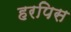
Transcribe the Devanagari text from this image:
हरपिस